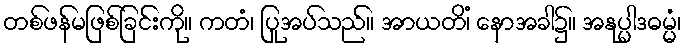
တစ်ဖန်မဖြစ်ခြင်းကို။ ကတံ၊ ပြုအပ်သည်။ အာယတိံ၊ နောအခါ၌။ အနုပ္ပါဒဓမ္မံ၊